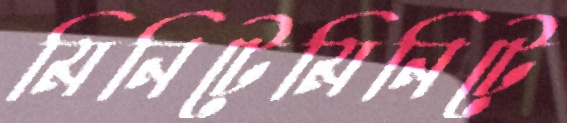
মিনিটেমিনিটে